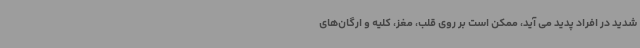
شدید در افراد پدید می آید، ممکن است بر روی قلب، مغز، کلیه و ارگان‌های